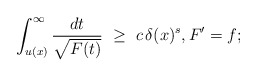
\begin{align*}\int_{u(x)}^\infty\frac{dt}{\sqrt{F(t)}}\ \geq\ c\,\delta(x)^s,F'=f;\end{align*}